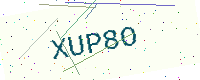
Text: XUP8O